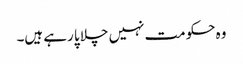
وہ حکومت نہیں چلا پا رہے ہیں۔